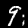
Digit: 9